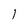
Character: 1